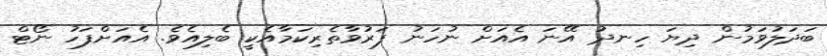
ބަދަލުވަމުން ދިޔަ ހިނދު އޭނަ އެއަށް ނުހަނު ފަރުވާތެރިކަމާއެކީ ބެލިއެވެ. އެއަށްފަހު ނޯޓް